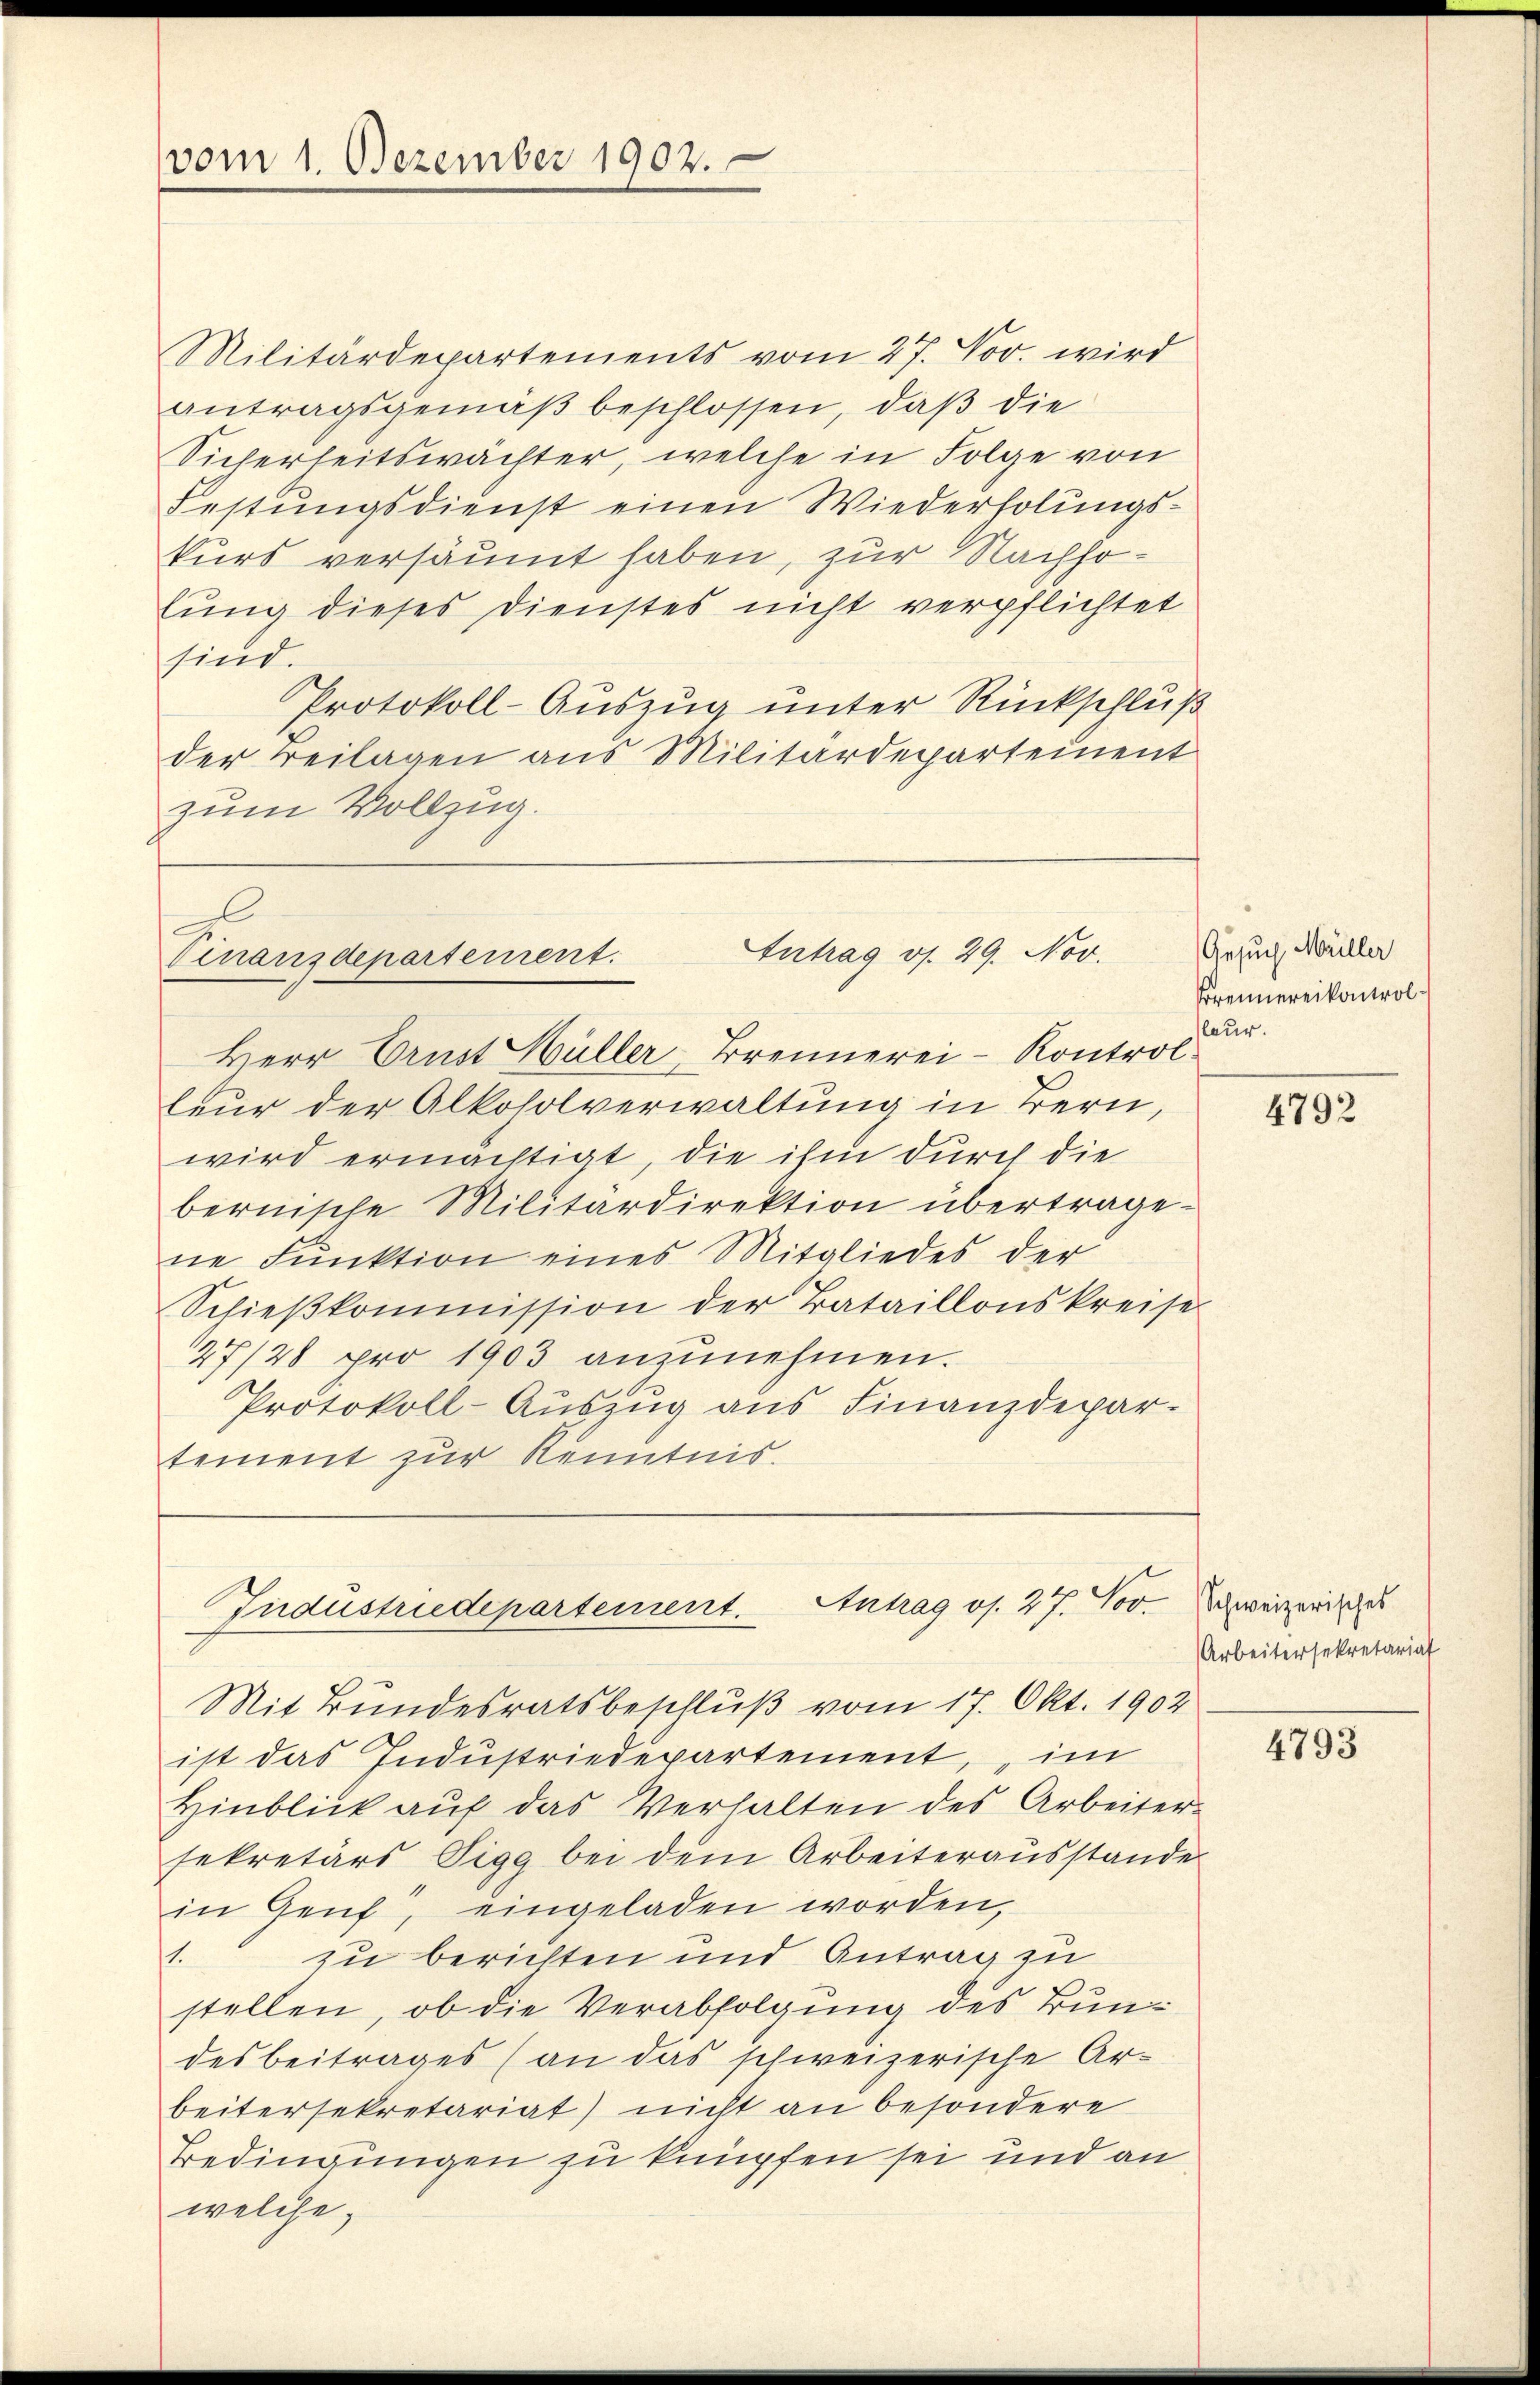
vom 1. Dezember 1902.

Militärdepartements vom 27. Nov. wird
antragsgemäβ beschlossen, daß die
Sicherheitswachter, welche in Folge von
Festungsdienst einen Wiederholungskurs versäumt haben, zur Nachsolung dieses Dienstes nicht verpflichtet
sind.
Protokoll-Auszug unter Rückschluß
der Beilagen aus Militärdepartement
zum Vollzug.

Antrag os. 29. Nov.
Vinanzdepartement.
Herr Ernst Hüller, Brennerei-Kontrol¬

Antrag os. 27. Nov.
Industriedepartement.

Mit Bundesratsbeschluß vom 17. Okt. 1902
ist das Indŭstriedepartement, „im
Hinblick aŭf das Verhalten des Arbeiter-
sekretärs Sigg bei dem Arbeiterausstande
in Genf, eingeladen worden,
zu berichten und Antrag zu
1.
stellen, ob die Verabfolgung des Bundesbeitrages (an das schweizerische Arbeitersekretariat) nicht an besondere
Bedingungen zu knüpfen sei und an
welche,

leur der Alkoholverwaltung in Bern,
wird ermächtigt, die ihm durch die
bernische Militärdirektion übertragene Funktion eines Mitgliedes der
Schieβkommission der Tataillonskreise
27/28 pro 1903 anzunehmen.
Protokoll-Aŭszŭg ans Finanzdepar-
tement zur Kenntnis.

Gesuch Müller
Trennereikontrolleur.

4792

Schweizerisches
Arbeitersekretariat

4793